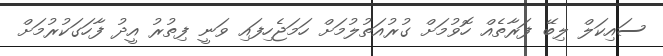
ސައިކަލް ލިބޭ ފަރާތެއް ހޮވުމަށް ގުރުއަތުލުމަށް ހަމަޖެހިފައި ވަނީ ފިތުރު އީދު ފާހަގަކުރުމަށް